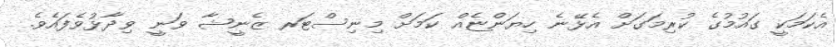
އެކަމަކީ ގައުމުގެ ކުރިމަގަށް އެޅޭނެ ހިޔަންޏެއް ކަމަށް މިނިސްޓަރ ޒެނީޝާ ވަނީ ވިދާޅުވެފައެވެ.